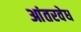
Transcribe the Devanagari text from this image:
आंतरवेध